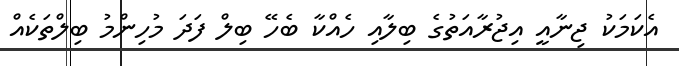
އެކަމަކު ޖިނާއީ އިޖުރާއަތުގެ ބިލާއި ހެއްކާ ބެހޭ ބިލް ފަދަ މުހިންމު ބިލްތަކެއް